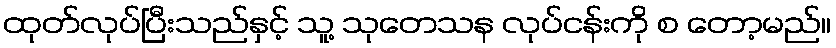
ထုတ်လုပ်ပြီးသည်နှင့် သူ့ သုတေသန လုပ်ငန်းကို စ တော့မည်။